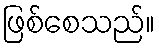
ဖြစ်စေသည်။